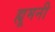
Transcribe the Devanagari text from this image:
ह्यूमनी